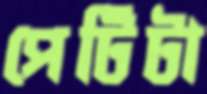
পেটিটা